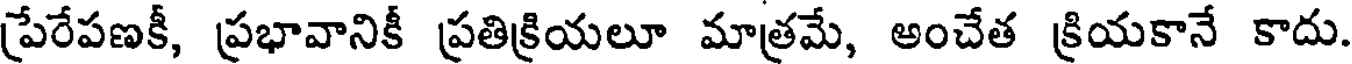
పేరేపణకీ, ప్రభావానికీ ప్రతిక్రియలూ మాత్రమే, అంచేత క్రియకానే కాదు.